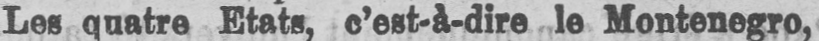
Les quatre Etats, c’est-à-dire le Montenegro,